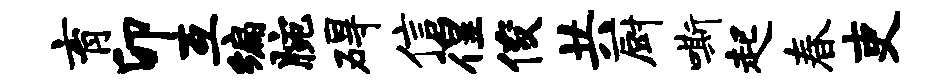
育卯互编腕碍信徨俊共厨嘶起春吏